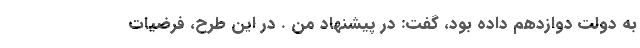
به دولت دوازدهم داده بود، گفت: در پیشنهاد من . در این طرح، فرضیات